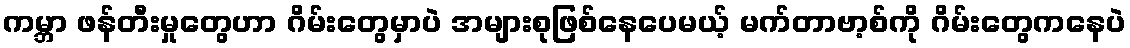
ကမ္ဘာ ဖန်တီးမှုတွေဟာ ဂိမ်းတွေမှာပဲ အများစုဖြစ်နေပေမယ့် မက်တာဗာ့စ်ကို ဂိမ်းတွေကနေပဲ